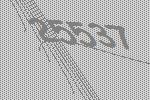
25537